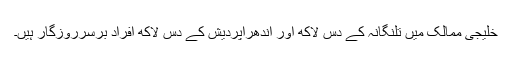
خلیجی ممالک میں تلنگانہ کے دس لاکھ اور آندھراپردیش کے دس لاکھ افراد برسرروزگار ہیں۔